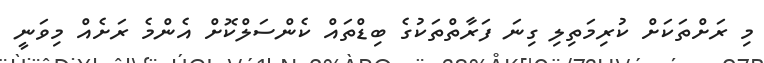
މި ރަށްތަކަށް ކުރިމަތިލި ގިނަ ފަރާތްތަކުގެ ބިޑްތައް ކެންސަލްކޮށް އެންމެ ރަށެއް މިވަނީ